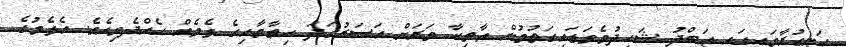
ހަނގުރާމައިގައި ޢަބްދު ޝަހީދުވެވަޑައިގަތުމުން ޢާތިކާ ވަރަށް އަސަރުގަދަ ހިތާމާއިގެ ޅެމެއް ހެއްދެވިއެވެ. އެޅެމުގެ